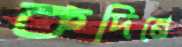
কদিনে